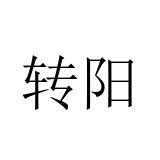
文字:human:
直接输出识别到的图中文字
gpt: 转阳